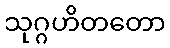
သုဂ္ဂဟိတတော